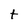
Character: t